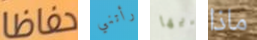
حفاظا رأتني أيها ماذا